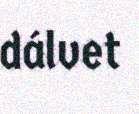
dálvet